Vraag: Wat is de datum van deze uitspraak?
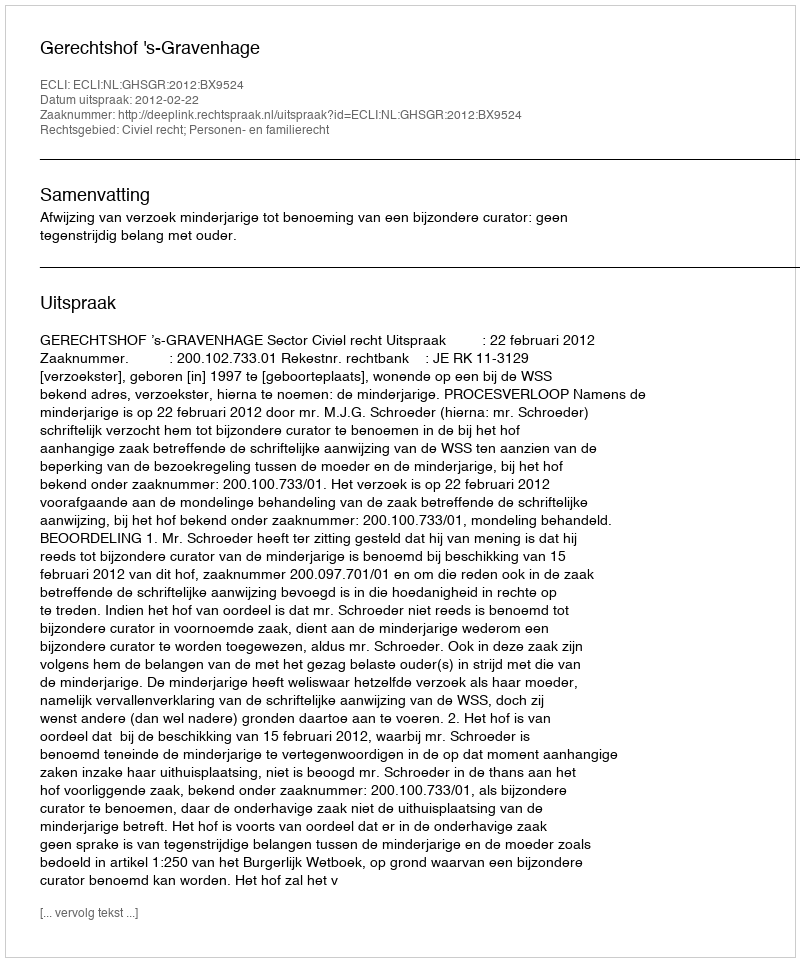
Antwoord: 2012-02-22